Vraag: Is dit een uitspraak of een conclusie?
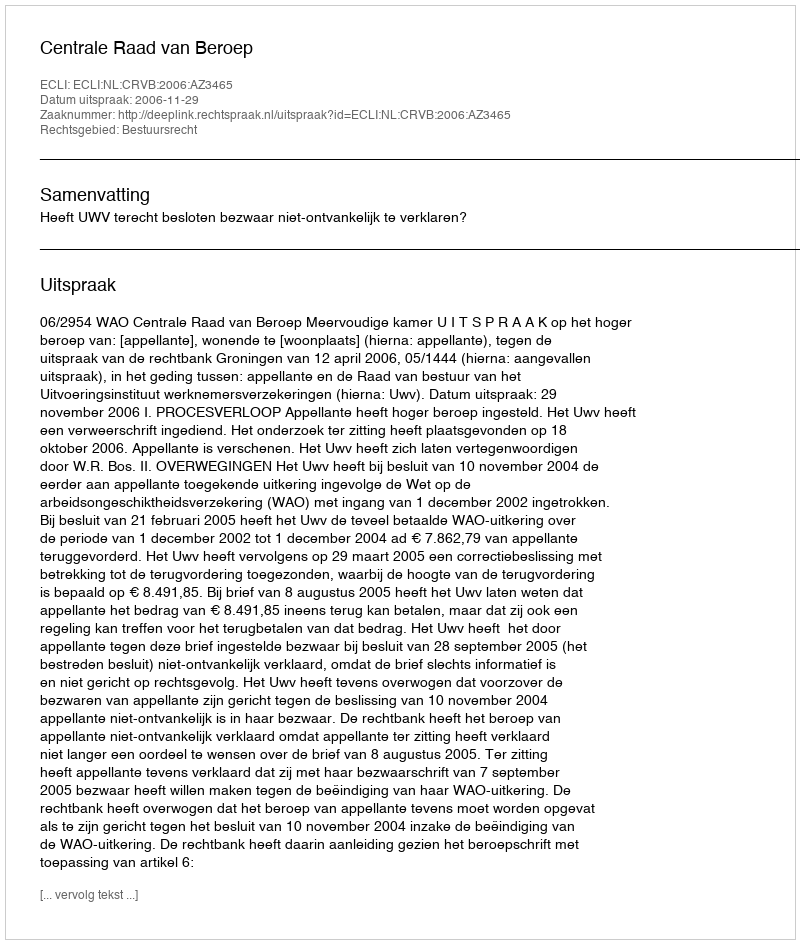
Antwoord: Uitspraak